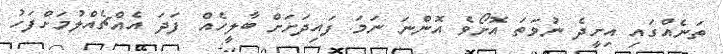
ތަނެއްގައި އިށީދެ ނުވަތަ އޮށޯވެ އޮންނަ ނަމަ ފައިދަށަށް ބާލީހެއް ފަދަ އެއްޗެއްލުމަށްފަހު